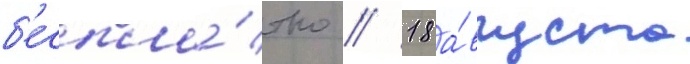
б'еспла́тно // 18 а́вгуста